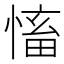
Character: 慉